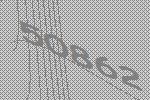
50862